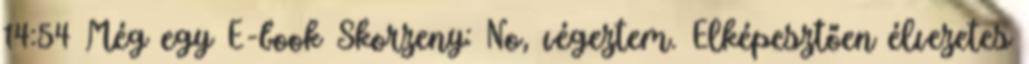
14:54 Még egy E-book Skorzeny: No, végeztem. Elképesztően élvezetes